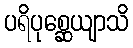
ပရိပုစ္ဆေယျာသိ